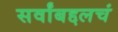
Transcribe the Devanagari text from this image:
सर्वांबद्दलचं